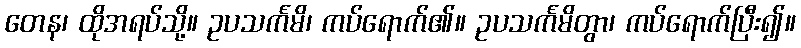
တေန၊ ထိုအရပ်သို့။ ဥပသင်္ကမိ၊ ကပ်ရောက်၏။ ဥပသင်္ကမိတွာ၊ ကပ်ရောက်ပြီး၍။